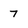
Character: 7